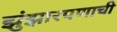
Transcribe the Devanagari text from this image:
झुंझारपणाची